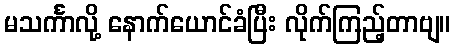
မသင်္ကာလို့ နောက်ယောင်ခံပြီး လိုက်ကြည့်တာဗျ။